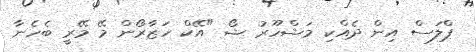
ޕްލަސް އިން ދެއްކި މަޝްހޫރު ޝޯ "އޭކް ހަޒާރޯން މޭ މޭރީ ބެހެނާ